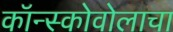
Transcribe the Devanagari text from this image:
कॉन्स्कोवोलाचा